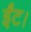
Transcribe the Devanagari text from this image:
ईंट।